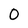
Character: 0